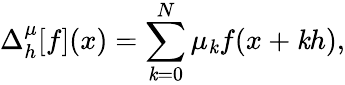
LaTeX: \Delta_{h}^{\mu}[f](x)=\sum_{\mathit{k}=0}^{N}\mu_{\mathit{k}}f(x+\mathit{k}h),